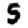
Digit: 5